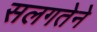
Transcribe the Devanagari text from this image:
सलगतेने